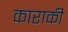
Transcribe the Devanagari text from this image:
काराकी